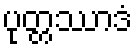
ပုတ္တဿာဒံ